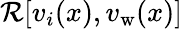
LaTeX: \mathcal{R}[v_{i}(x),v_{\mathrm{w}}(x)]